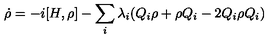
\dot { \rho } = - i [ H , \rho ] - \sum _ { i } \lambda _ { i } ( Q _ { i } \rho + \rho Q _ { i } - 2 Q _ { i } \rho Q _ { i } )